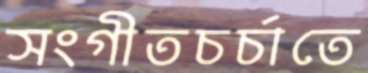
সংগীতচর্চাতে